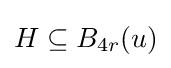
H\subseteq B_{4r}(u)